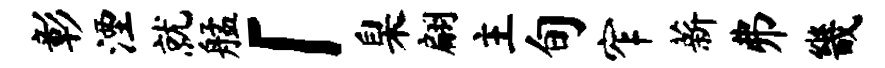
彰湮就艋「臬翩主旬窄薪弗畿